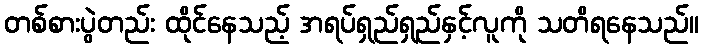
တစ်စားပွဲတည်း ထိုင်နေသည့် အရပ်ရှည်ရှည်နှင့်လူကို သတိရနေသည်။